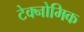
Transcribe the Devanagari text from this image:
टेक्नोमिक